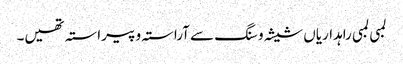
لمبی لمبی راہداریاں شیشہ و سنگ سے آراستہ و پیراستہ تھیں۔